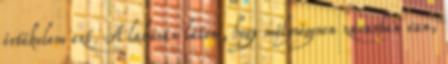
értékelem ezt. A lakásán látom, hogy mélységesen zavarban van,